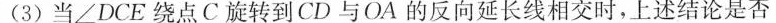
(3)当∠DCE绕点C旋转到CD与OA的反向延长线相交时，上述结论是否